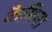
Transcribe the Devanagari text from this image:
कैमिना